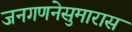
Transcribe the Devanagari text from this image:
जनगणनेसुमारास